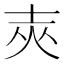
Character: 𡔡